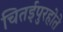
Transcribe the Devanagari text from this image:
चितईपुरहोते